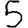
Digit: 5